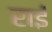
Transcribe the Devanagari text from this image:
राईं